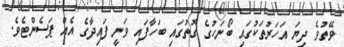
ވޭތުވެ ދިޔަ އަހަރުތަކުގައި ބޯނަހުގެ ގޮތުގައި ބަހާފައި ވަނީ ފައިދާގެ އެއް ޕަސެންޓެވެ.